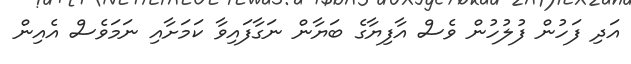
އަދި ފަހުން ފުލުހުން ވެސް އާފިޔާގެ ބަޔާން ނަގާފައިވާ ކަމަށާއި ނަމަވެސް އެއިން